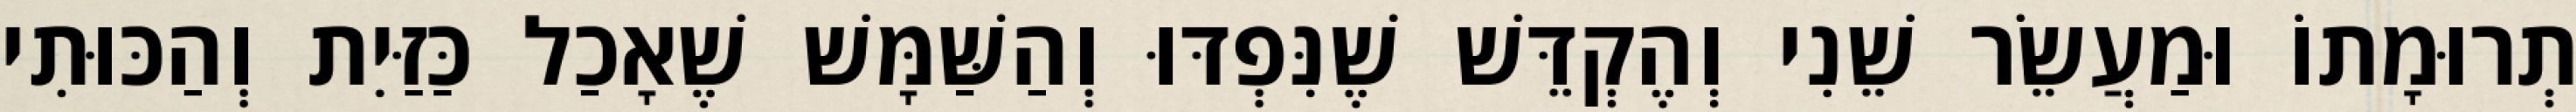
תְרוּמָתוֹ וּמַעֲשֵׂר שֵׁנִי וְהֶקְדֵּשׁ שֶׁנִּפְדּוּ וְהַשַּׁמָּשׁ שֶׁאָכַל כַּזַּיִת וְהַכּוּתִי